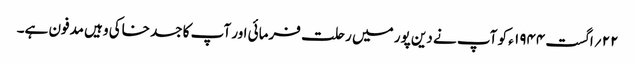
۲۲ ؍اگست ۱۹۴۴ ء کو آپ نے دین پور میں رحلت فرمائی اور آپ کا جسد خاکی وہیں مدفون ہے۔